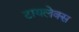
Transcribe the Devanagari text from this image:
टायलेक्स